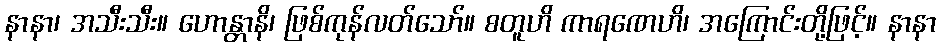
နာနာ၊ အသီးသီး။ ဟောန္တာနိ၊ ဖြစ်ကုန်လတ်သော်။ စတူဟိ ကာရဏေဟိ၊ အကြောင်းတို့ဖြင့်။ နာနာ